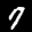
Label: 7